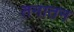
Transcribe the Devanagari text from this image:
तनातन